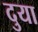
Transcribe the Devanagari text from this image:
दुया